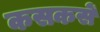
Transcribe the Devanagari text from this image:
कसकसें